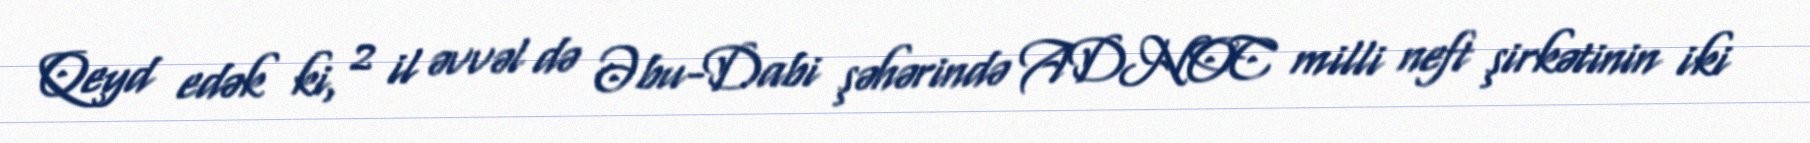
Qeyd edək ki, 2 il əvvəl də Əbu-Dabi şəhərində ADNOC milli neft şirkətinin iki